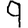
Digit: 9